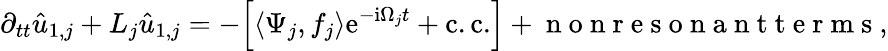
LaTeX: \partial_{tt}\hat{u}_{1,j}+L_{j}\hat{u}_{1,j}=-\Big[\langle\Psi_{j},f_{j}\rangle\mathrm{e}^{-\mathrm{i}\Omega_{j}t}+\mathrm{c.c.}\Big]+\mathrm{~n~o~n~r~e~s~o~n~a~n~t~t~e~r~m~s~},